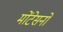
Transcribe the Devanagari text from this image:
मोंटेसनो